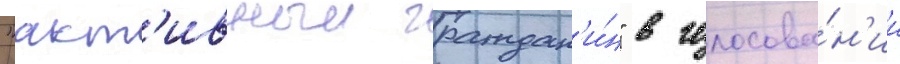
"акт'ивныи граждан'и́н" в голосова́н'ии